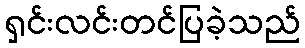
ရှင်းလင်းတင်ပြခဲ့သည်